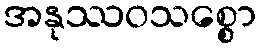
အနုဿဝသစ္စော